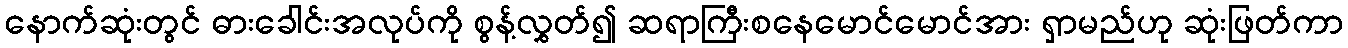
နောက်ဆုံးတွင် ဓားခေါင်းအလုပ်ကို စွန့်လွှတ်၍ ဆရာကြီးစနေမောင်မောင်အား ရှာမည်ဟု ဆုံးဖြတ်ကာ